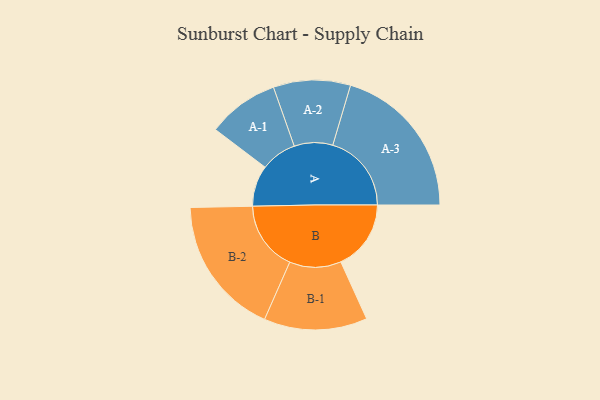
{"axis": {"x": "Segment", "y": "Value"}, "legend": ["", "A", "B"], "data": [{"x": "A", "y": 150, "type": ""}, {"x": "B", "y": 257, "type": ""}, {"x": "A-1", "y": 131, "type": "A"}, {"x": "A-2", "y": 141, "type": "A"}, {"x": "A-3", "y": 288, "type": "A"}, {"x": "B-1", "y": 189, "type": "B"}, {"x": "B-2", "y": 255, "type": "B"}]}